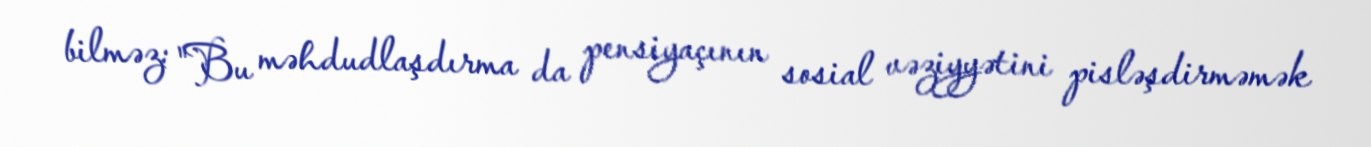
bilməz: "Bu məhdudlaşdırma da pensiyaçının sosial vəziyyətini pisləşdirməmək